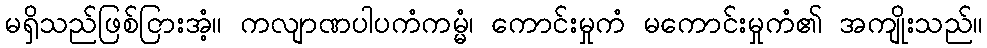
မရှိသည်ဖြစ်ငြားအံ့။ ကလျာဏပါပကံကမ္မံ၊ ကောင်းမှုကံ မကောင်းမှုကံ၏ အကျိုးသည်။